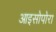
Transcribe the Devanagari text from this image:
आइसोपोरा